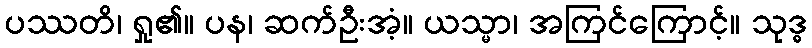
ပဿတိ၊ ရှု၏။ ပန၊ ဆက်ဦးအံ့။ ယသ္မာ၊ အကြင်ကြောင့်။ သုဒ္ဓ